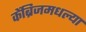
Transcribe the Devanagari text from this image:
केंब्रिजमधल्या